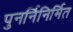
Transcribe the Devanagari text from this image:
पुनर्निनिर्मित